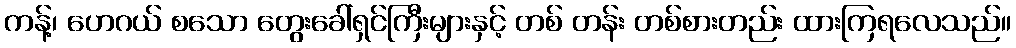
ကန့်၊ ဟေဂယ် စသော တွေးခေါ်ရှင်ကြီးများနှင့် တစ် တန်း တစ်စားတည်း ထားကြရလေသည်။